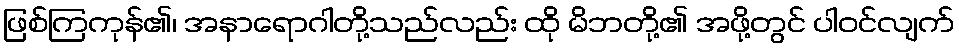
ဖြစ်ကြကုန်၏၊ အနာရောဂါတို့သည်လည်း ထို မိဘတို့၏ အဖို့တွင် ပါဝင်လျက်